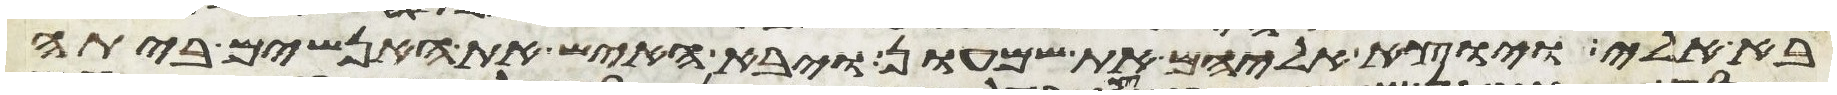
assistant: בא אלי ויוצא אליהם את שמעון ויבא האיש את האנשים ביתה